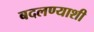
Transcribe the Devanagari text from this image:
बदलण्याशी